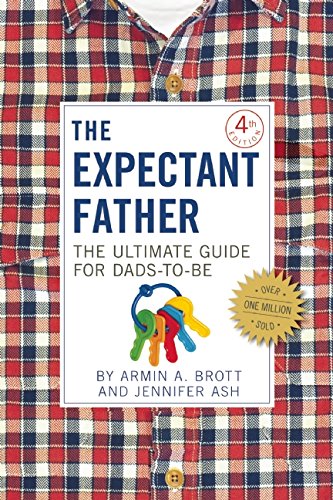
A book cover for The Expectant Father: The Ultimate Guide for Dads-to-Be; Armin A. Brott; Parenting & Relationships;